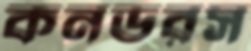
কনডরস